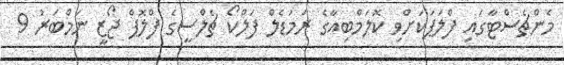
މެންޗެސްޓާގައި ފްލަޕަކަށްވި ކޮލަމްބިއާގެ ރަމަޑެލް ފަލްކޯ ޗެލްސީގެ ފްލޮޕް ޖޯޒީ ނަމްބަރު 9